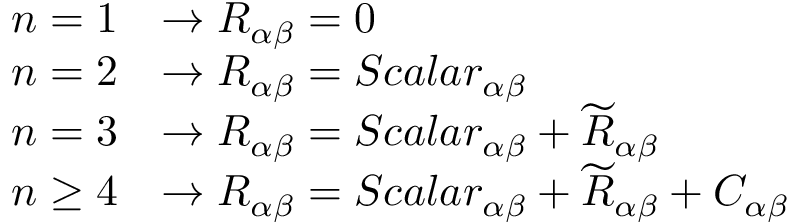
\begin{array} { r l } { n = 1 } & { \rightarrow R _ { \alpha \beta } = 0 } \\ { n = 2 } & { \rightarrow R _ { \alpha \beta } = S c a l a r _ { \alpha \beta } } \\ { n = 3 } & { \rightarrow R _ { \alpha \beta } = S c a l a r _ { \alpha \beta } + \widetilde { R } _ { \alpha \beta } } \\ { n \geq 4 } & { \rightarrow R _ { \alpha \beta } = S c a l a r _ { \alpha \beta } + \widetilde { R } _ { \alpha \beta } + C _ { \alpha \beta } } \end{array}